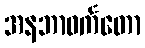
အနဘာဝင်္ကတော